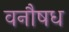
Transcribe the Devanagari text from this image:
वनौषध